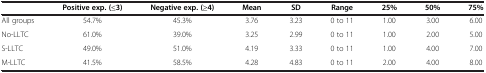
<table><thead><tr><td><b> </b></td><td><b>Positive exp. (≤3)</b></td><td><b>Negative exp. (≥4)</b></td><td><b>Mean</b></td><td><b>SD</b></td><td><b>Range</b></td><td><b>25%</b></td><td><b>50%</b></td><td><b>75%</b></td></tr></thead><tbody><tr><td>All groups</td><td>54.7%</td><td>45.3%</td><td>3.76</td><td>3.23</td><td>0 to 11</td><td>1.00</td><td>3.00</td><td>6.00</td></tr><tr><td>No-LLTC</td><td>61.0%</td><td>39.0%</td><td>3.25</td><td>2.99</td><td>0 to 11</td><td>1.00</td><td>2.00</td><td>5.00</td></tr><tr><td>S-LLTC</td><td>49.0%</td><td>51.0%</td><td>4.19</td><td>3.33</td><td>0 to 11</td><td>1.00</td><td>4.00</td><td>7.00</td></tr><tr><td>M-LLTC</td><td>41.5%</td><td>58.5%</td><td>4.28</td><td>4.83</td><td>0 to 11</td><td>2.00</td><td>4.00</td><td>8.00</td></tr></tbody></table>